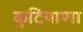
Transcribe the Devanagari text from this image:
कुटियाणा